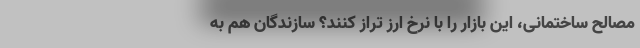
مصالح ساختمانی، این بازار را با نرخ ارز تراز کنند؟ سازندگان هم به